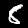
Digit: 8